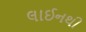
લાઈનથી